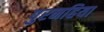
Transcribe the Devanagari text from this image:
पुरनहिया